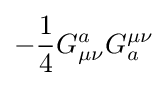
-{\frac {1}{4}}G_{\mu \nu }^{a}G_{a}^{\mu \nu }